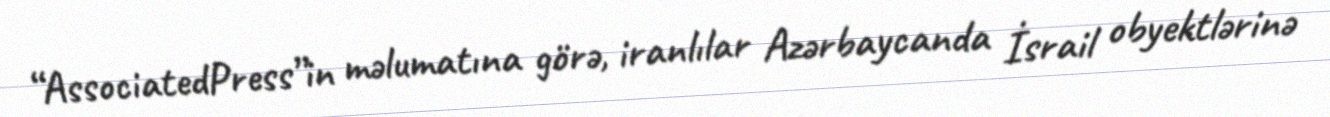
“AssociatedPress”in məlumatına görə, iranlılar Azərbaycanda İsrail obyektlərinə